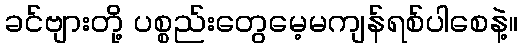
ခင်ဗျားတို့ ပစ္စည်းတွေမေ့မကျန်ရစ်ပါစေနဲ့။